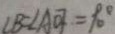
\angle B = \angle A O F = 9 0 ^ { \circ }